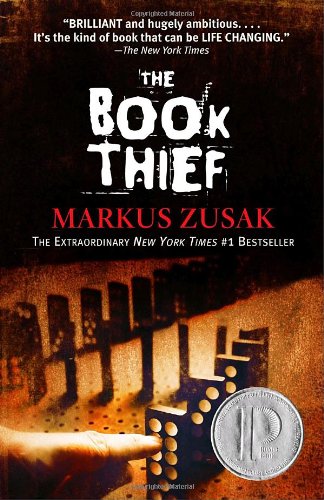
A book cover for The Book Thief; Markus Zusak; Literature & Fiction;